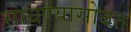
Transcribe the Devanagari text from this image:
साधण्यासोबत